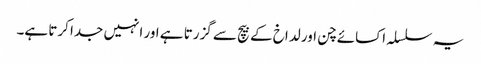
یہ سلسلہ اکسائے چن اور لداخ کے بیچ سے گزرتا ہے اور انہیں جدا کرتا ہے۔